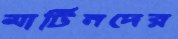
মার্টিনদের